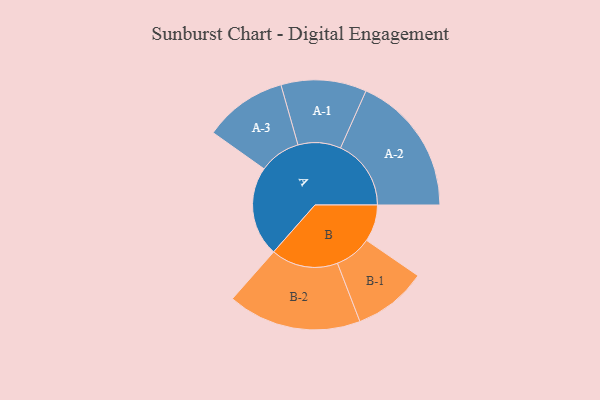
{"axis": {"x": "Segment", "y": "Value"}, "legend": ["", "A", "B"], "data": [{"x": "A", "y": 368, "type": ""}, {"x": "B", "y": 151, "type": ""}, {"x": "A-1", "y": 175, "type": "A"}, {"x": "A-2", "y": 289, "type": "A"}, {"x": "A-3", "y": 170, "type": "A"}, {"x": "B-1", "y": 151, "type": "B"}, {"x": "B-2", "y": 274, "type": "B"}]}